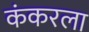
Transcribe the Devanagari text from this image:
कंकरला